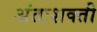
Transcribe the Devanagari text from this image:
अंतःशक्ती